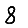
Digit: 8